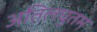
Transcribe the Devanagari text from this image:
अतिलघुतम